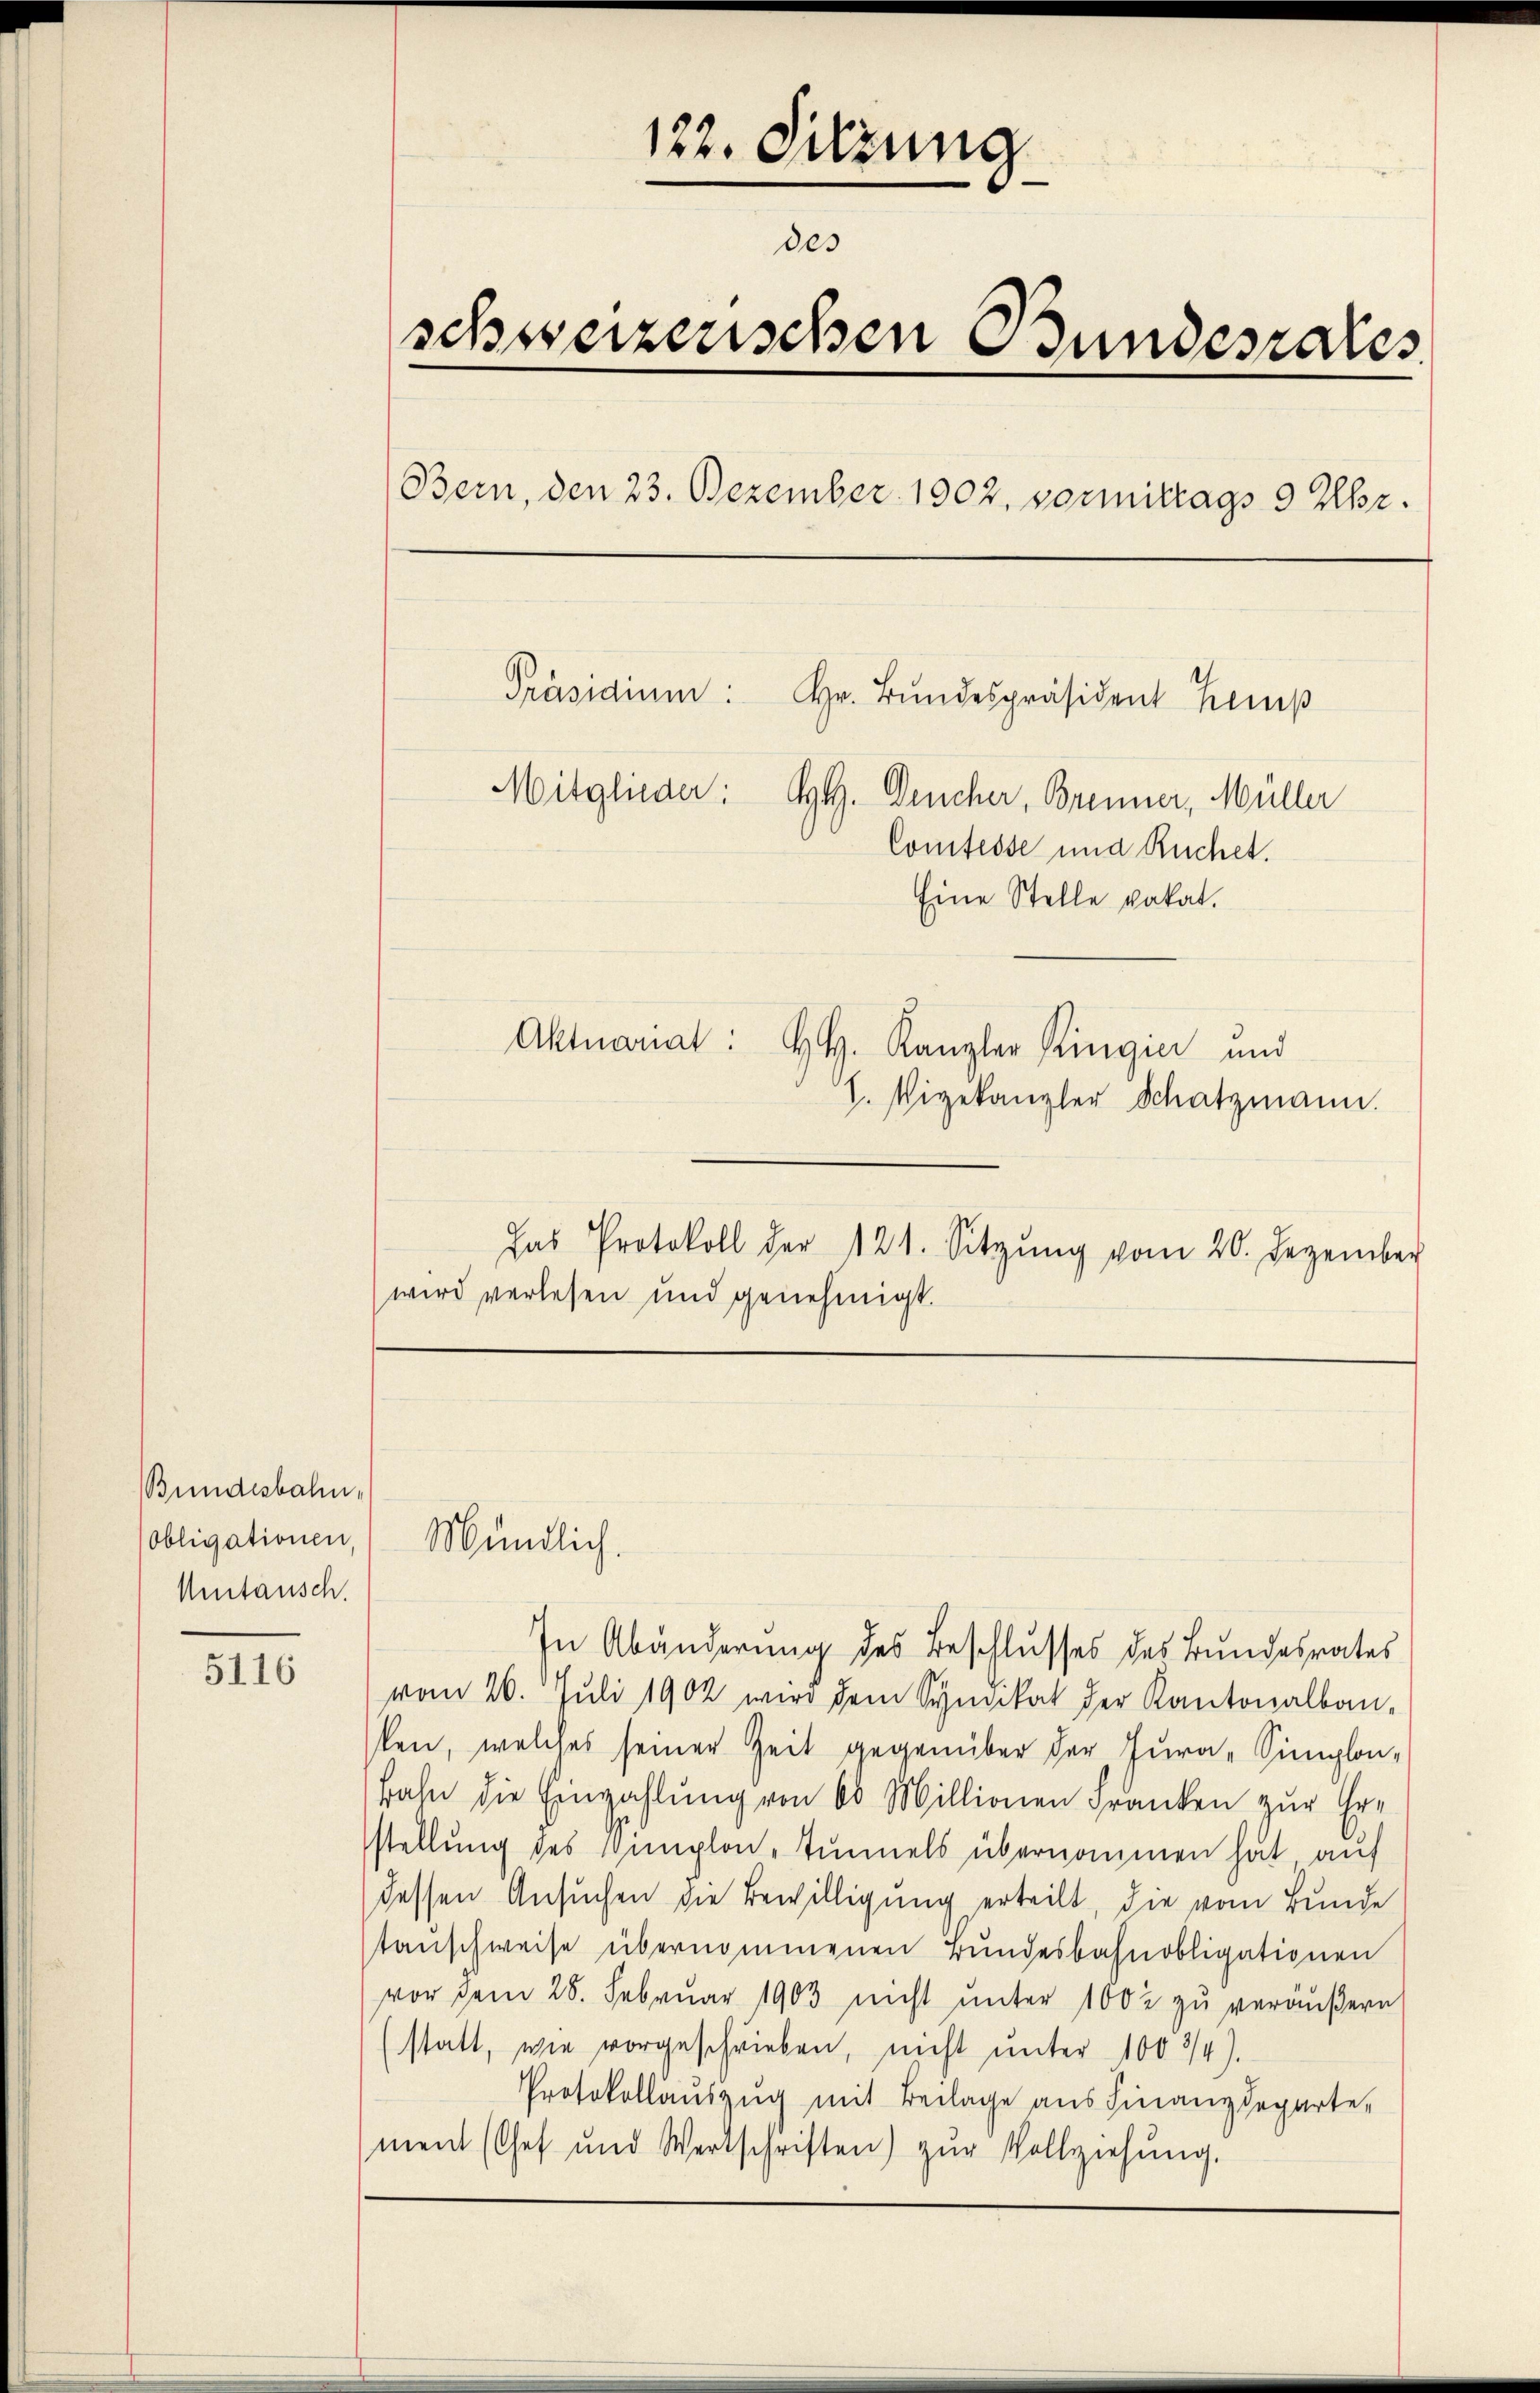
Bundesbahn.
Obligationen,
Umtausch.

5116

122. Sitzung
des
schweizerischen Bundesrates.
Bern, den 23. Dezember 1902. vormittags 9 Uhr.

In Abänderung des Beschlusses des Bundesrates
vom 26. Juli 1902 wird dem Synikat der Kantonalbau-
ken, welches seiner Zeit gegenüber der Jura-Simplon-
bahn die Einzahlŭng von 60 Millionen Franken zur Er-
stellung des Simplon-Tunnels übernommen hat auf
dessen Ansuchen die Bewilligung erteilt, die vom Bunde
tauschweise übernommenen Bundesbahnobligationen
vor dem 28. Februar 1903 nicht unter 1002 zu veräußern
(statt, wie vorgeschrieben, nicht ŭnter 1003/4).
Protokollauszug mit Beilage aus Finanzdeparte-
ment (Chef und Wertschriften) zŭr Vollziehŭng.

Mündlich.

Präsidium:
Hr. Bundespräsident Kemp
Mitglieder: H. Deucher, Brenner, Müller
Comtesse und Ruchet.
Eine Stelle vakat.
Aktuariat: H.H. Kanzler Ringier und
1. Vizekanzler Schatzmann.
Das Protokoll der 121. Sitzŭng vom 20. Dezember
wird verlesen und genehmigt.